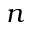
n